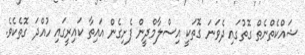
ޝައްކެތްނެތް ގޮތުގައި ދެވަނަ ގޮތަކީ އިސްލާމްދީން ފެށިގެން އައިތާ ކައިރީގައި ހުއްދަ ގޮތެކެވެ.